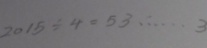
2 0 1 5 \div 4 = 5 3 \cdots 3